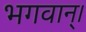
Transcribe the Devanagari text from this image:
भगवान्‌।